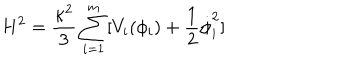
LaTeX: H ^ { 2 } = \frac { \kappa ^ { 2 } } { 3 } \sum _ { i = 1 } ^ { m } [ V _ { i } ( \phi _ { i } ) + \frac { 1 } { 2 } \dot { \phi } _ { i } ^ { 2 } ]